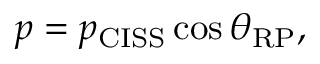
p = p _ { \mathrm { C I S S } } \cos { \theta _ { \mathrm { R P } } } ,